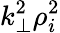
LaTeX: k_{\perp}^{2}\rho_{i}^{2}